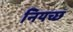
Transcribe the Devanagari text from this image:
नियच्छ